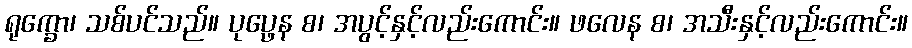
ရုက္ခော၊ သစ်ပင်သည်။ ပုပ္ဖေန စ၊ အပွင့်နှင့်လည်းကောင်း။ ဖလေန စ၊ အသီးနှင့်လည်းကောင်း။